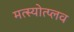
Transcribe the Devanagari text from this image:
मत्स्योत्प्लव